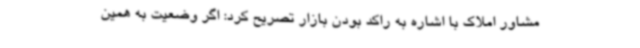
مشاور املاک با اشاره به راکد بودن بازار تصریح کرد: اگر وضعیت به همین